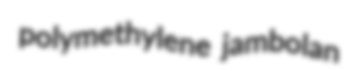
polymethylene jambolan